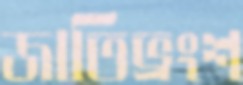
জাতিভ্রংশ